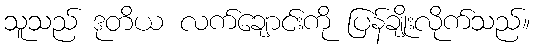
သူသည် ဒုတိယ လက်ချောင်းကို ပြန်ချိုးလိုက်သည်။